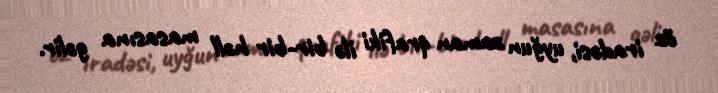
öz iradəsi, uyğun zaman qrafiki ilə bir-bir həll masasına gəlir.